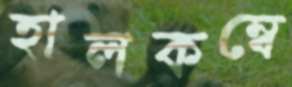
হালকম্বে